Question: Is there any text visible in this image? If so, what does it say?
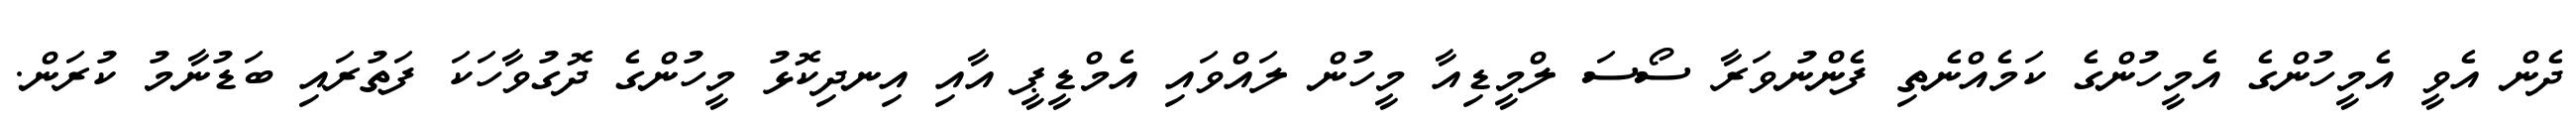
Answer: ދެން އެވީ އެމީހުންގެ އެމީހުންގެ ކަމެއްނެތި ފެންނުވަރާ ސޯސަ ލްމީޑިއާ މީހުން ލައްވައި އެމްޑީޕީ އާއި އިނދިކޮޅު މީހުންގެ ދޮގުވާހަކަ ފަތުރައި ބަޑުނާމު ކުރަން.